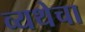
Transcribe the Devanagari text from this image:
व्यथेचा